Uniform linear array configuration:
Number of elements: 32
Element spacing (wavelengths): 0.75
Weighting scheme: exponential
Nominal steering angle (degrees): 60
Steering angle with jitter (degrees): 58.299
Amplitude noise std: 0.05
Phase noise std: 0.05

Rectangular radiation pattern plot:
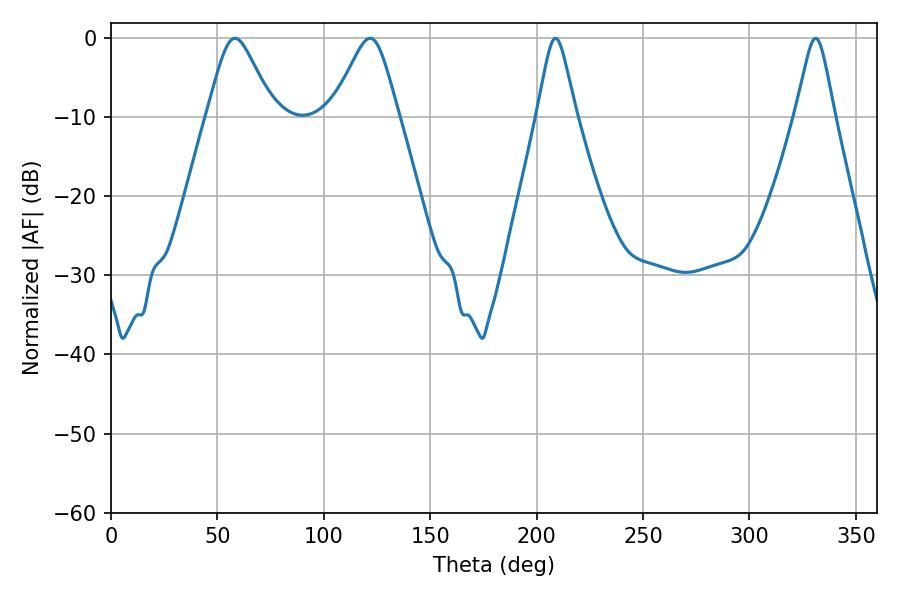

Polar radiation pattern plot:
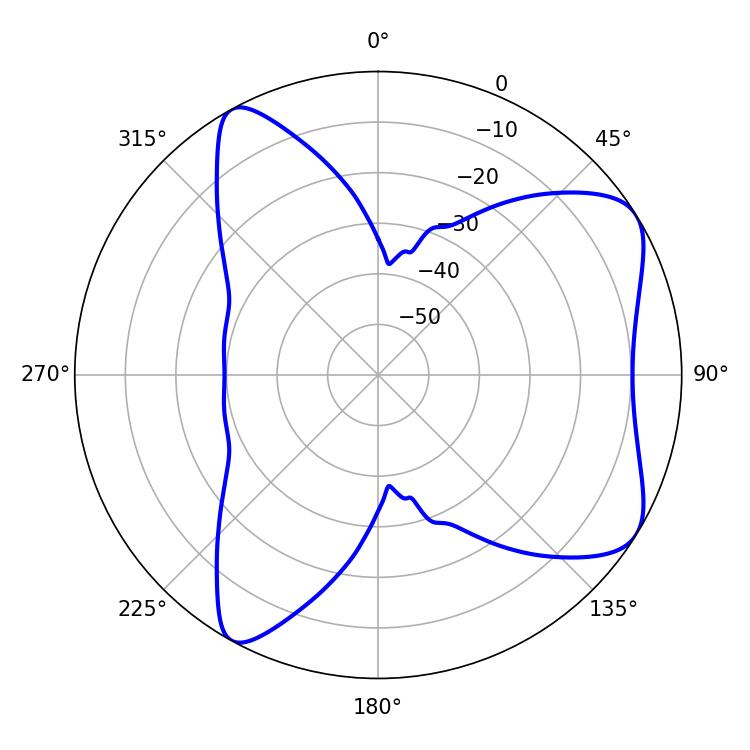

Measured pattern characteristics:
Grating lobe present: TRUE
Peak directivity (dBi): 7.083
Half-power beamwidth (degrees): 15.12
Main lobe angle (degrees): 58.32